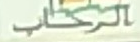
الرحاب